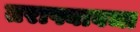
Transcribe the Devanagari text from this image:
तराफ्यावजा